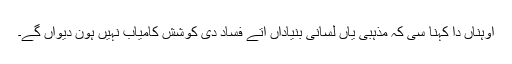
اوہناں دا کہنا سی کہ مذہبی یاں لسانی بنیاداں اُتے فساد دی کوشش کامیاب نہیں ہون دیواں گے۔